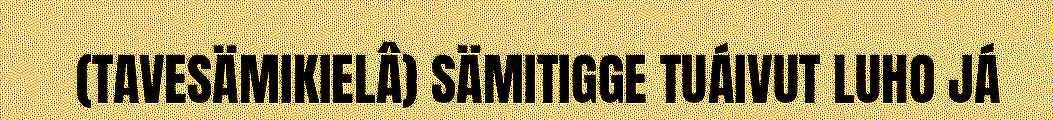
(TAVESÄMIKIELÂ) SÄMITIGGE TUÁIVUT LUHO JÁ